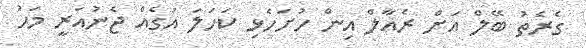
ގެރެތު ބޭލް އަށް ރެއާލް އިން ހުށަހެޅި ކަހަލަ އަގެއް ޖެނުއަރީ މަހު